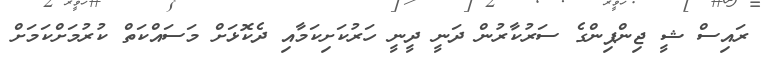
ރައިސް ޝީ ޖިންޕިންގެ ސަރުކާރުން ދަނީ ދީނީ ހަރުކަށިކަމާއި ދެކޮޅަށް މަސައްކަތް ކުރުމަށްކަމަށް